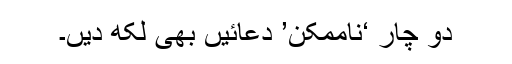
دو چار ‘ناممکن’ دعائیں بھی لکھ دیں۔